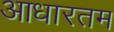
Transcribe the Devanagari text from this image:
आधारतम